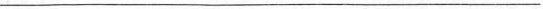
___